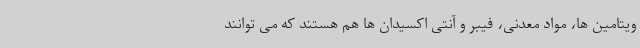
ویتامین ها، مواد معدنی، فیبر و آنتی اکسیدان ها هم هستند که می توانند